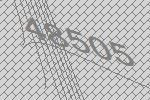
48505